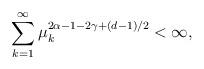
LaTeX: \begin{align*}\sum_{k=1}^{\infty}\mu_k^{2\alpha -1 - 2\gamma + (d-1)/2} < \infty,\end{align*}